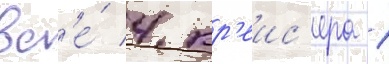
вс'е́ 4 кр'еис'ера 1